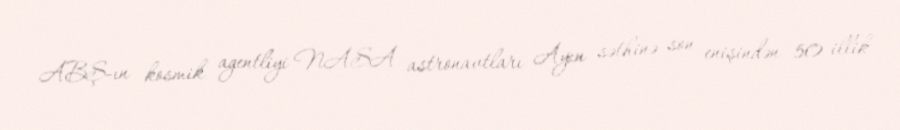
ABŞ-ın kosmik agentliyi NASA astronavtları Ayın səthinə son enişindən 50 illik